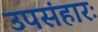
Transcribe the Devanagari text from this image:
उपसंहारः